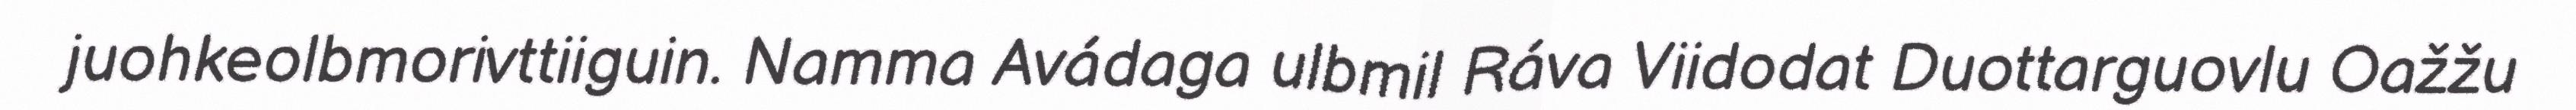
juohkeolbmorivttiiguin. Namma Avádaga ulbmil Ráva Viidodat Duottarguovlu Oažžu